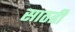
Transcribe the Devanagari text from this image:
साठही